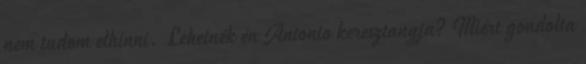
nem tudom elhinni. Lehetnék én Antonio keresztanyja? Miért gondolta